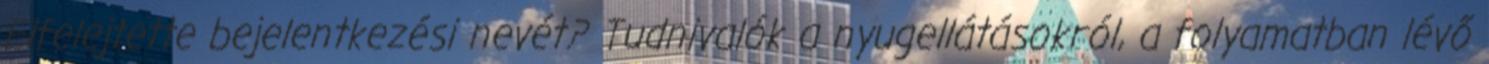
Elfelejtette bejelentkezési nevét? Tudnivalók a nyugellátásokról, a folyamatban lévő